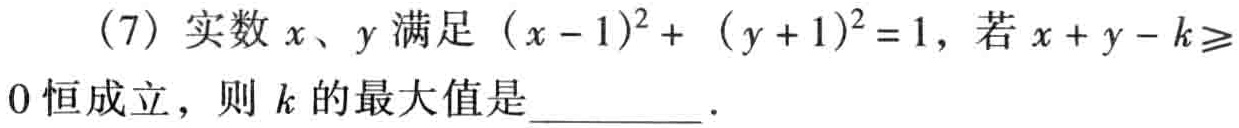
(7) 实数\(x、y\)满足\((x - 1)^{2}+ (y + 1)^{2}=1\)，若\(x + y - k\geqslant0\)恒成立，则\(k\)的最大值是  。